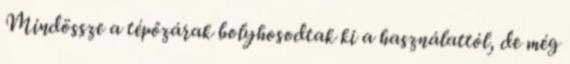
Mindössze a tépőzárak bolyhosodtak ki a használattól, de még